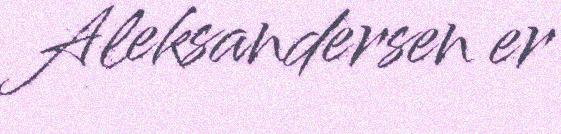
Aleksandersen er